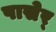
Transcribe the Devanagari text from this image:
पासेर्